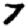
Digit: 7